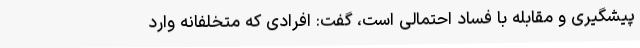
پیشگیری و مقابله با فساد احتمالی است، گفت: افرادی که متخلفانه وارد